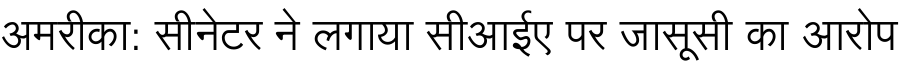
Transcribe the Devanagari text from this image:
अमरीका: सीनेटर ने लगाया सीआईए पर जासूसी का आरोप